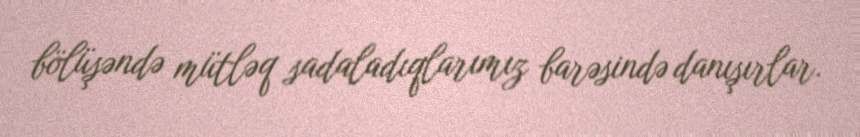
bölüşəndə mütləq sadaladıqlarımız barəsində danışırlar.